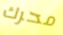
محرك